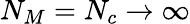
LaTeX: N_{M}=N_{c}\rightarrow\infty